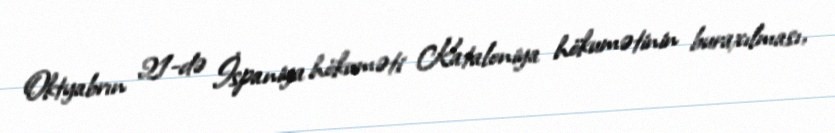
Oktyabrın 21-də İspaniya hökuməti Kataloniya hökumətinin buraxılması,